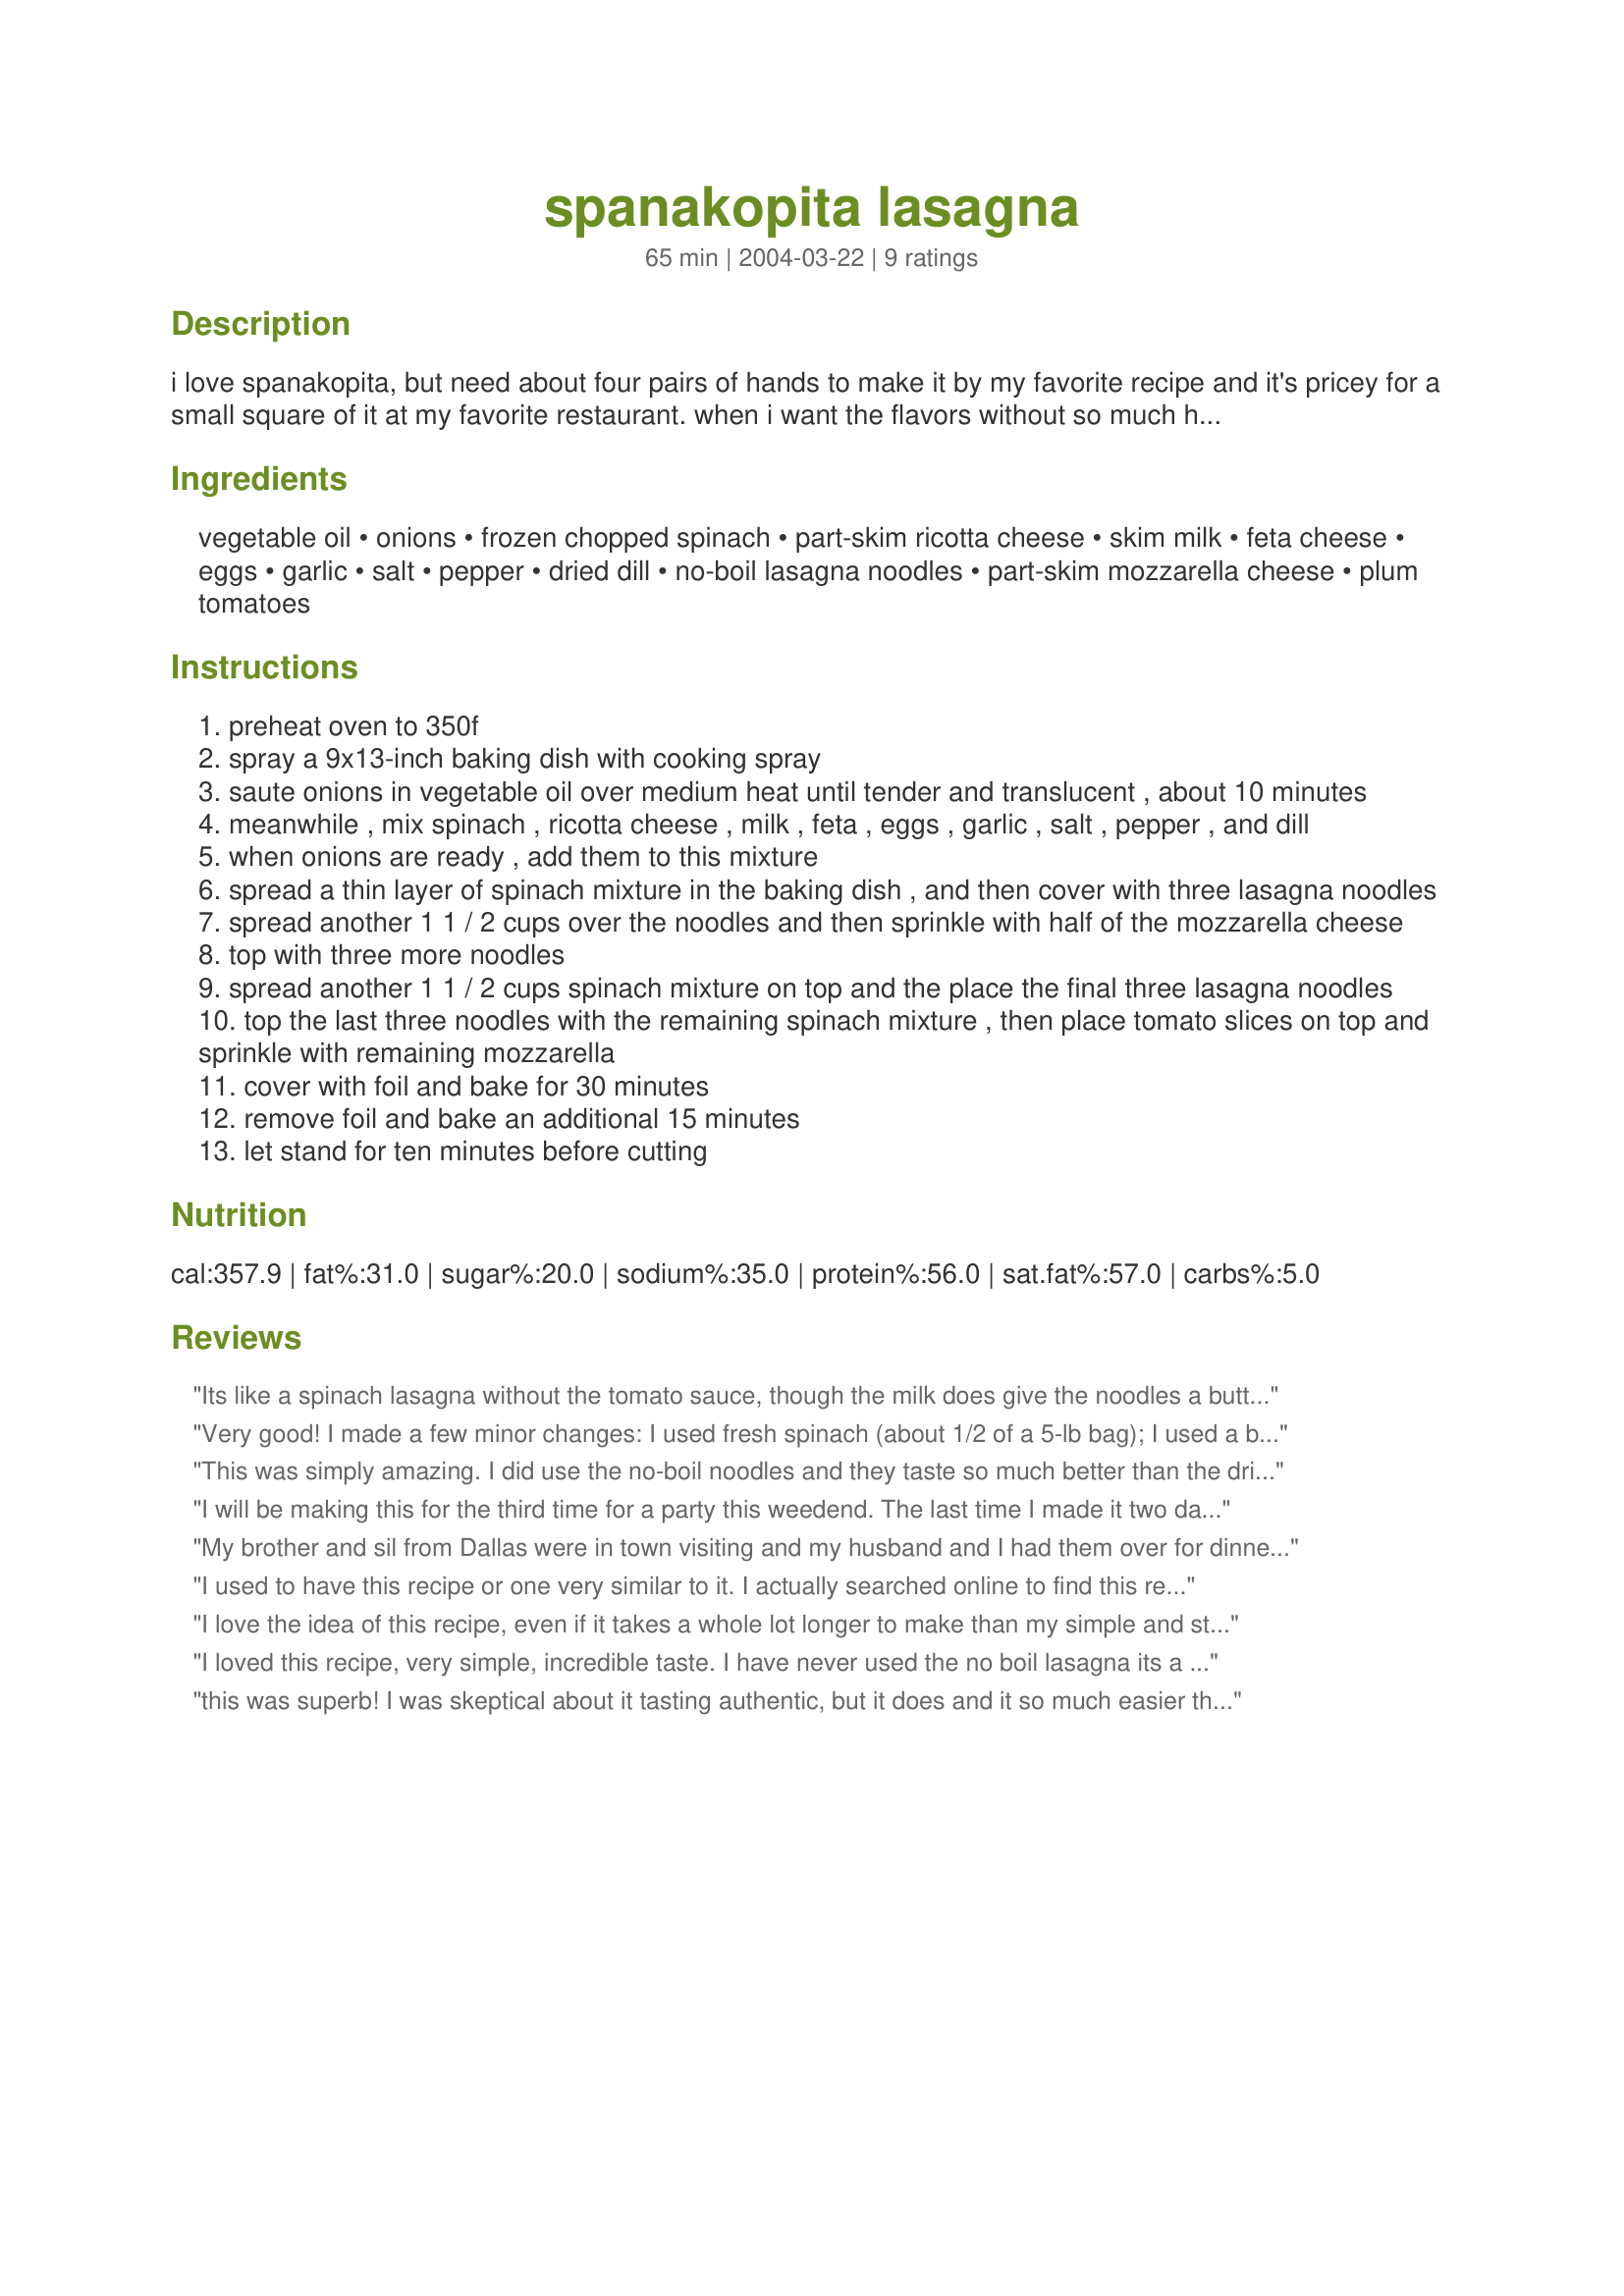
spanakopita lasagna
Preparation time: 65 minutes

i love spanakopita, but need about four pairs of hands to make it by my favorite recipe and it's pricey for a small square of it at my favorite restaurant. when i want the flavors without so much hassle, i make this lasagna instead.

Ingredients:
vegetable oil, onions, frozen chopped spinach, part-skim ricotta cheese, skim milk, feta cheese, eggs, garlic, salt, pepper, dried dill, no-boil lasagna noodles, part-skim mozzarella cheese, plum tomatoes

Steps:
preheat oven to 350f
spray a 9x13-inch baking dish with cooking spray
saute onions in vegetable oil over medium heat until tender and translucent , about 10 minutes
meanwhile , mix spinach , ricotta cheese , milk , feta , eggs , garlic , salt , pepper , and dill
when onions are ready , add them to this mixture
spread a thin layer of spinach mixture in the baking dish , and then cover with three lasagna noodles
spread another 1 1 / 2 cups over the noodles and then sprinkle with half of the mozzarella cheese
top with three more noodles
spread another 1 1 / 2 cups spinach mixture on top and the place the final three lasagna noodles
top the last three noodles with the remaining spinach mixture , then place tomato slices on top and sprinkle with remaining mozzarella
cover with foil and bake for 30 minutes
remove foil and bake an additional 15 minutes
let stand for ten minutes before cutting

Reviews:
Its like a spinach lasagna without the tomato sauce, though the milk does give the noodles a buttery flavor and you can use all that liquid with the spinach when it thaws to cook the noodles. I didn't believe that it would work but it did. 

I guess one could use fresh dill (I did) and maybe mint and toasted pine nuts to give it a more spanakopita flavor.

It was a 4.5 stars for me but I'm rounding up. I added the tomatoes right to the spinach mixture (cherry tomatoes cut in halves) and that worked out just fine. Dried tomatoes would work well too, I'm sure.

I'd do it again with what I have on hand (I just used feta and mozerella and it was fine...that sort of thing)

Definately a veggie crowd pleaser.

Thanks!
Very good! I made a few minor changes: I used fresh spinach (about 1/2 of a 5-lb bag); I used a bit more feta and a bit less ricotta than called for, mainly because of package sizes; I used whole wheat lasagne which I boiled until just pliable; and I used a fair bit more dill. We thought it could have used even more ~ maybe a teaspoon and a half. Overall, though, this was really good. Really, really good. Yum!
This was simply amazing. I did use the no-boil noodles and they taste so much better than the dried ones; loved the dill, and used a good low-salt feta (also added a bit more than recipe called for, just becuase we LOVE feta.) Used fresh mozzarella instead of part-skim. Terrific results, loved it, and will make it many times. 

I doubled the recipe and froze one lasagna. I am SO happy I did that!
I will be making this for the third time for a party this weedend. The last time I made it two days before serving it. I will do so again, this time cutting into portions while it is still chilled, before reheating.
My brother and sil from Dallas were in town visiting and my husband and I had them over for dinner. My sil is vegetarian and I love vegetarian cuisine so I wanted to make something really special that was great tasting but didn't take an inordinate amount of time to prepare. I made the spinach mixture the night before and refrigerated until ready to use. This was very easy to put together. The taste was superb. Had all the components of a good comfort food without the burden of too much fat. Thank you so much for sharing this recipe and we will use it again.
I used to have this recipe or one very similar to it. I actually searched online to find this recipe since I had lost my copy. One suggestion I have to to use buttermilk in lieu of regular, which is what I did with my old recipe. This increases the savory flavor (as does adding more feta and less ricotta, as suggested by another poster).
I love the idea of this recipe, even if it takes a whole lot longer to make than my simple and straightforward spanakopita recipe. ;-) Followed the recipe as written, except that I used full-fat mozzarella as that's what I had. I'd like this to be more savoury: for me, there was too much ricotta and not enough feta, so the overall effect was a bit bland. Chalk it up to personal taste - I tend to like very big flavours! I will definitely make this again though, changing the amounts of the different cheeses, because the combination of ingredients really is amazing. Thank you for sharing!
I loved this recipe, very simple, incredible taste. I have never used the no boil lasagna its a no no with an old fashioned italian family but I must say I'm a convert! I did use whole milk and regular ricotta but other than that kept everything the same it is not only great tasting but beautiful looking. Also drained and squeezed the spinach. thanks for sharing this recipe.
this was superb! I was skeptical about it tasting authentic, but it does and it so much easier than using phyllo dough.
